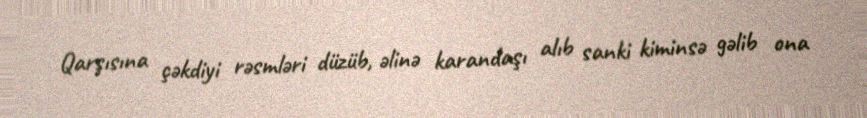
Qarşısına çəkdiyi rəsmləri düzüb, əlinə karandaşı alıb sanki kiminsə gəlib ona